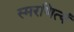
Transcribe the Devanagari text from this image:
स्मरणित्यं